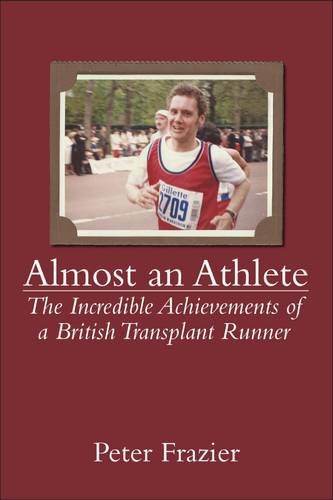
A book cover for Almost an Athlete: The Incredible Achievements of a British Transplant Runner; Peter Frazier; Health, Fitness & Dieting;